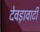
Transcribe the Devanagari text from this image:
देवड़ावाटी